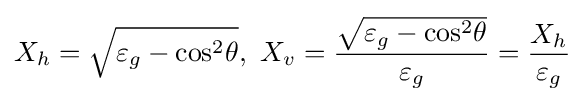
X_{h}={\sqrt {\varepsilon _{g}-{\cos }^{2}\theta }},\ X_{v}={\frac {\sqrt {\varepsilon _{g}-{\cos }^{2}\theta }}{\varepsilon _{g}}}={\frac {X_{h}}{\varepsilon _{g}}}